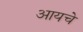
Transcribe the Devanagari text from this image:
आयचे